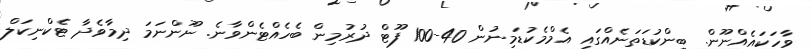
ވާހަކައެއްނޫން. ބިންކުޑަތަނެއްގައި އެމްމެކުޑަމިނުން 40-100 ފޫޓް ދުރުމިން ބެހެއްޓެންވާނެ. ނޫންނަމަ ދިމާވެދާ ޓެކްނިކަލް